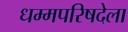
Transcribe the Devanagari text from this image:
धम्मपरिषदेला